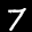
Label: 7